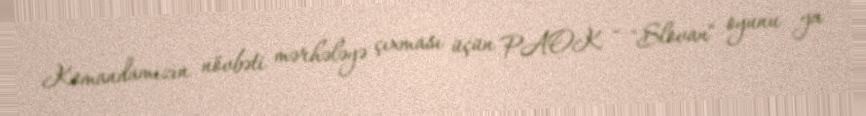
Komandamızın növbəti mərhələyə çıxması üçün PAOK - "Slovan" oyunu ya